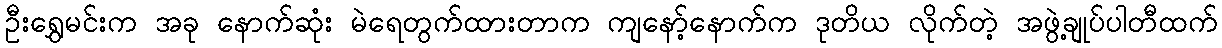
ဦးရွှေမင်းက အခု နောက်ဆုံး မဲရေတွက်ထားတာက ကျနော့်နောက်က ဒုတိယ လိုက်တဲ့ အဖွဲ့ချုပ်ပါတီထက်